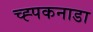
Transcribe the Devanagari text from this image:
च्ह्पकनाडा